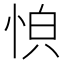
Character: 𫺏